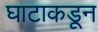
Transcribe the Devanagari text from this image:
घाटाकडून